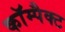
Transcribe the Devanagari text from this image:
काॅम्पैक्ट